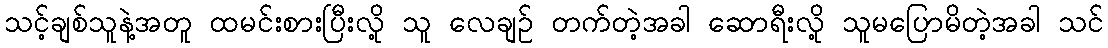
သင့်ချစ်သူနဲ့အတူ ထမင်းစားပြီးလို့ သူ လေချဉ် တက်တဲ့အခါ ဆောရီးလို့ သူမပြောမိတဲ့အခါ သင်